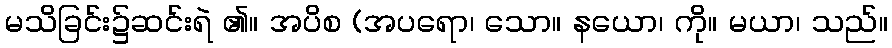
မသိခြင်း၌ဆင်းရဲ ၏။ အပိစ (အပရော၊ သော။ နယော၊ ကို။ မယာ၊ သည်။